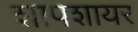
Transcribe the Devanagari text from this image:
शापशायर